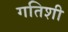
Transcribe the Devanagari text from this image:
गतिशी